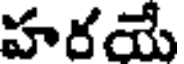
హరయే